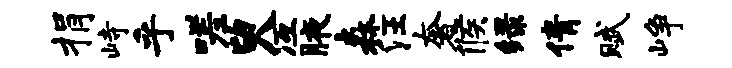
捐峙乎嗟臾冱腋森汪奢候绿倩赋峥